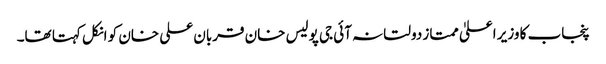
پنجاب کا وزیر اعلیٰ ممتاز دولتانہ آئی جی پولیس خان قربان علی خان کو انکل کہتا تھا۔